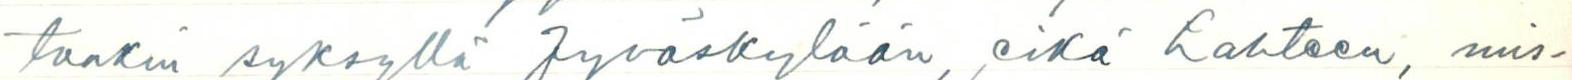
taakin syksyllä Jyväskylään, eikä Lahteen, mis-